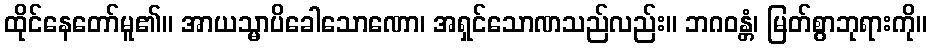
ထိုင်နေတော်မူ၏။ အာယသ္မာပိခေါသောဏော၊ အရှင်သောဏသည်လည်း။ ဘဂဝန္တံ၊ မြတ်စွာဘုရားကို။